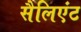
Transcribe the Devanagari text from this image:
सैलिएंट